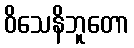
ဝိသေနိဘူတော